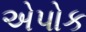
એપોક